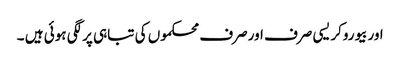
اوربیوروکریسی صرف اورصرف محکموں کی تباہی پرلگی ہوئی ہیں ۔